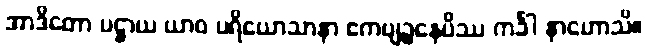
အာဒိတော ပဋ္ဌာယ ယာဝ ပရိယောသာနာ ဧကဗျဉ္ဇနေပိဿ ကင်္ခါ နာဟောသိ။